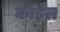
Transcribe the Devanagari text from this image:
कॉईल